Indian Civil Veterinary Department memoirs
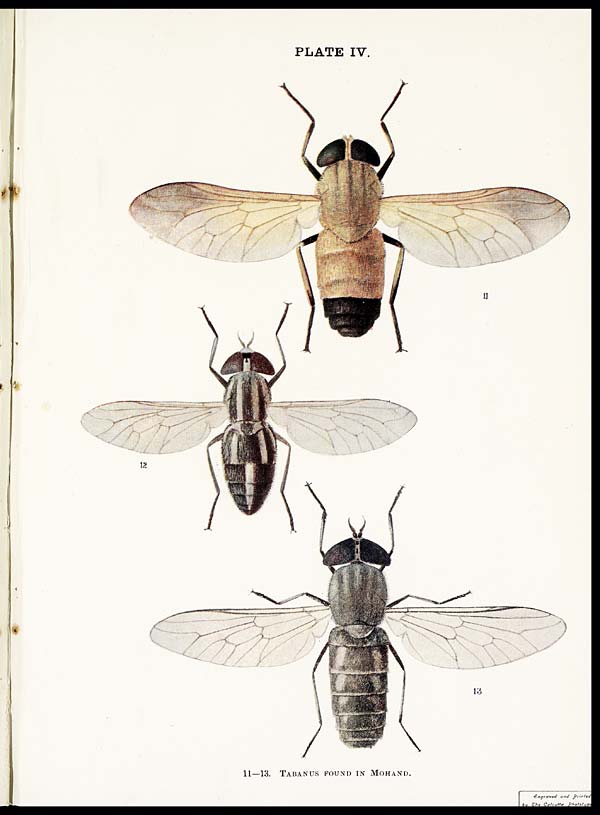
PLATE IV.
11—13. TABANUS FOUND IN MOHAND.